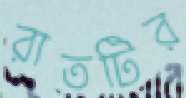
রাতটির